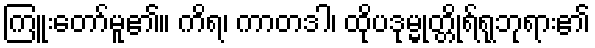
ကြူးတော်မူ၏။ ကိရ၊ ကာတဒါ၊ ထိုပဒုမ္မုတ္တိုရ်ရုဘုရား၏